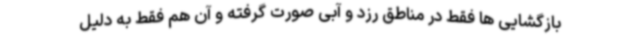
بازگشایی ها فقط در مناطق رزد و آبی صورت گرفته و آن هم فقط به دلیل